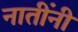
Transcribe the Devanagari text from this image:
नातींनी